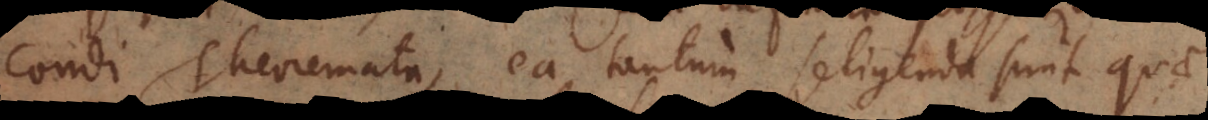
condi Theoremata, ea tantum seligenda sunt quae